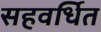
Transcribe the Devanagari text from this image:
सहवर्धित